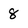
Character: 8